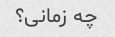
چه زمانی؟